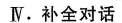
Ⅳ.补全对话